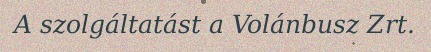
A szolgáltatást a Volánbusz Zrt.